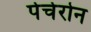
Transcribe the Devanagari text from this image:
पेर्चेरोन